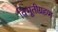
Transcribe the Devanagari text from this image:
विभूतीग्रहण